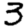
Digit: 3